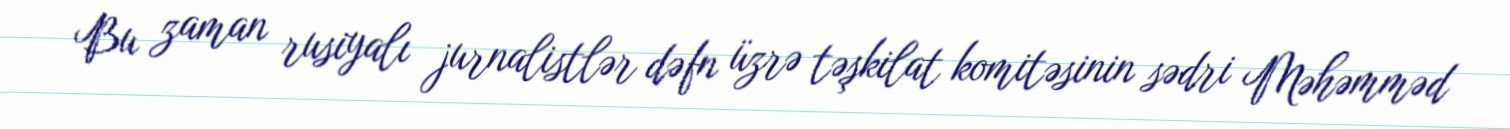
Bu zaman rusiyalı jurnalistlər dəfn üzrə təşkilat komitəsinin sədri Məhəmməd